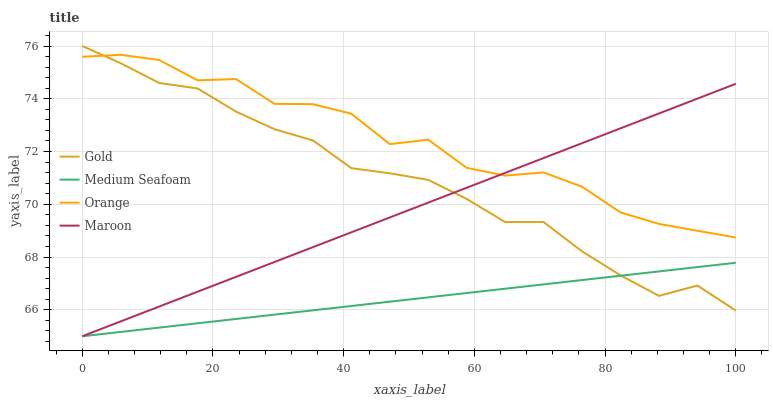
| xaxis_label | Gold | Medium Seafoam | Orange | Maroon |
 | --- | --- | --- | --- | --- |
 | 0 | 76 | 65 | 75.6 | 65 |
 | 5.88 | 75.3 | 65.2 | 75.7 | 65.6 |
 | 11.8 | 74.6 | 65.3 | 75.5 | 66.1 |
 | 17.6 | 74.4 | 65.5 | 74.7 | 66.7 |
 | 23.5 | 73.5 | 65.7 | 74.7 | 67.3 |
 | 29.4 | 72.8 | 65.8 | 73.8 | 67.8 |
 | 35.3 | 72.4 | 66 | 73.8 | 68.4 |
 | 41.2 | 71.4 | 66.1 | 73.4 | 68.9 |
 | 47.1 | 71.2 | 66.3 | 72.3 | 69.5 |
 | 52.9 | 70.9 | 66.5 | 72.4 | 70.1 |
 | 58.8 | 70.2 | 66.6 | 71.4 | 70.6 |
 | 64.7 | 69.3 | 66.8 | 71.1 | 71.2 |
 | 70.6 | 69.3 | 67 | 71.2 | 71.8 |
 | 76.5 | 68.2 | 67.1 | 70.7 | 72.3 |
 | 82.4 | 67.3 | 67.3 | 69.7 | 72.9 |
 | 88.2 | 66.5 | 67.5 | 69.3 | 73.4 |
 | 94.1 | 66.9 | 67.6 | 69 | 74 |
 | 100 | 66 | 67.8 | 68.7 | 74.6 |